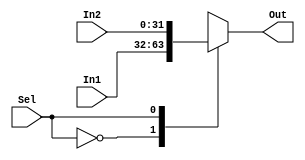
module MUX #(
    parameter DataWidth=32,Selectionline_size='d1

) (
    input wire [Selectionline_size-1:0] Sel,
    input wire [DataWidth-1:0] In1,
    input wire [DataWidth-1:0] In2,
    output reg [DataWidth-1:0] Out
);

  always @(*) begin
    case (Sel)
        'b0: Out=In1;
        'b1: Out=In2;
    endcase
  end  
endmodule